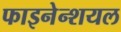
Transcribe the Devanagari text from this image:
फाइनेन्शयल